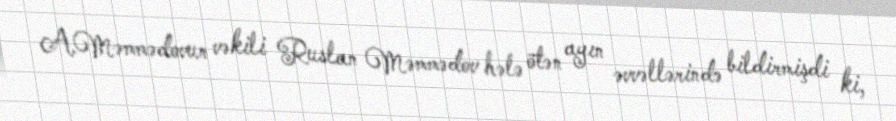
A.Məmmədovun vəkili Ruslan Məmmədov hələ ötən ayın əvvəllərində bildirmişdi ki,